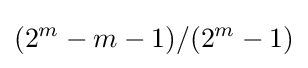
(2^{m}-m-1)/(2^{m}-1)